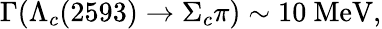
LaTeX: \Gamma(\Lambda_{c}(2593)\to\Sigma_{c}\pi)\sim 10\mathrm{~MeV},